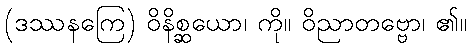
(ဒဿနကြေ) ဝိနိစ္ဆယော၊ ကို။ ဝိညာတဗ္ဗော၊ ၏။